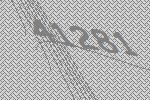
41281